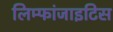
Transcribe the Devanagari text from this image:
लिम्फांजाइटिस